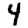
Digit: 4